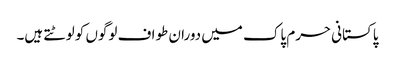
پاکستانی حرم پاک میں دوران طواف لوگوں کو لوٹتے ہیں۔